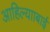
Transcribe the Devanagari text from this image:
आहिल्यााबाई